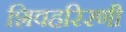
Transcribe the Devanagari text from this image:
शिवहरिरणी